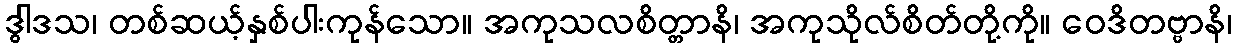
ဒွါဒသ၊ တစ်ဆယ့်နှစ်ပါးကုန်သော။ အကုသလစိတ္တာနိ၊ အကုသိုလ်စိတ်တို့ကို။ ဝေဒိတဗ္ဗာနိ၊